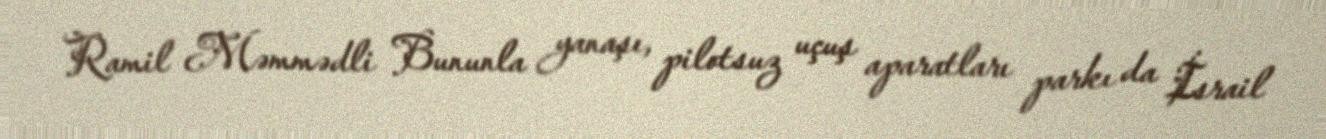
Ramil Məmmədli Bununla yanaşı, pilotsuz uçuş aparatları parkı da İsrail